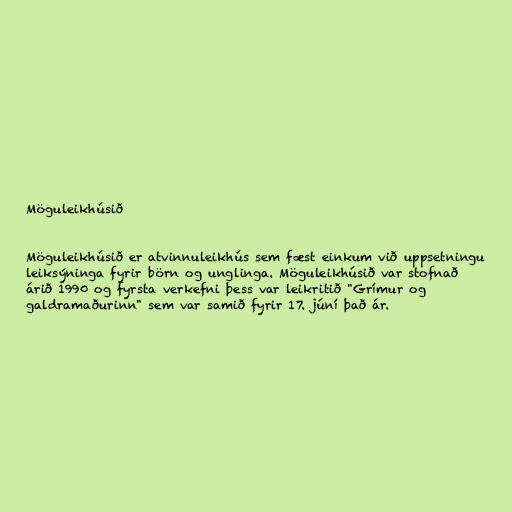
Möguleikhúsið

Möguleikhúsið er atvinnuleikhús sem fæst einkum við uppsetningu
leiksýninga fyrir börn og unglinga. Möguleikhúsið var stofnað
árið 1990 og fyrsta verkefni þess var leikritið "Grímur og
galdramaðurinn" sem var samið fyrir 17. júní það ár.